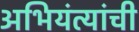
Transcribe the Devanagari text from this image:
अभियंत्यांची